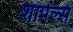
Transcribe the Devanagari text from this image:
शार्पल्स